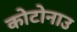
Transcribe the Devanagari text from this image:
कोटोनाउ